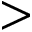
\textgreater